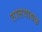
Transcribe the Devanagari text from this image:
तालवाद्यक